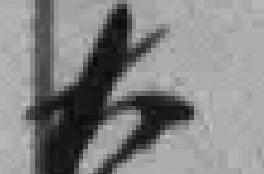
大